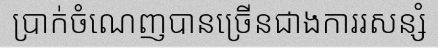
ប្រាក់ចំណេញបានច្រើនជាងការរសន្សំ